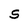
Character: S